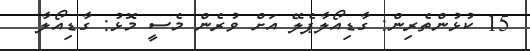
15 ކުޅުންތެރިން: ގާޑިއޯލާޕެލޭ އަށް ވުރެން މެސީ މޮޅު: ގާޑިއޯލާ